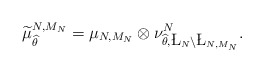
\begin{align*}\widetilde \mu^{N,M_N}_{\widehat \theta}=\mu_{N,M_N}\otimes \nu_{\widehat \theta,\L_N\setminus \L_{N,M_N}}^N.\end{align*}